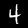
Label: 4